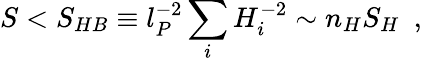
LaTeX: S<S_{HB}\equiv l_{P}^{-2}\sum_{i}H_{i}^{-2}\sim n_{H}S_{H}~~,